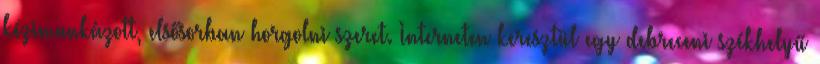
kézimunkázott, elsősorban horgolni szeret. Interneten keresztül egy debreceni székhelyű